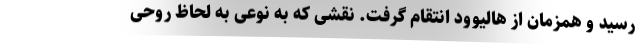
رسید و همزمان از هالیوود انتقام گرفت. نقشی که به نوعی به لحاظ روحی